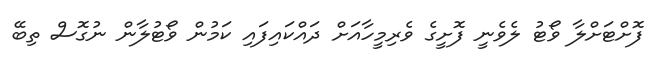
ފޮށްޓަށްލާ ވޯޓު ލެވެނީ ފޮށީގެ ވެރިމީހާއަށް ދައްކައިފައި ކަމުން ވޯޓުލާން ނުގޮސް ތިބޭ